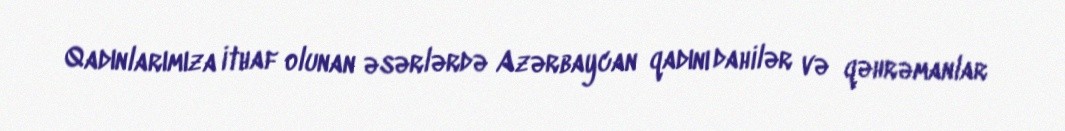
Qadınlarımıza ithaf olunan əsərlərdə Azərbaycan qadını dahilər və qəhrəmanlar